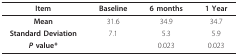
| Item | Baseline | 6 months | 1 Year |
 | --- | --- | --- | --- |
 | Mean | 31.6 | 34.9 | 34.7 |
 | Standard Deviation | 7.1 | 5.3 | 5.9 |
 | P value* |  | 0.023 | 0.023 |